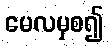
မေလမှစ၍